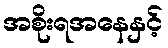
အစိုးရအနေနှင့်